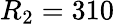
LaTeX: R_{2}=310